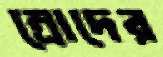
ম্রোদের